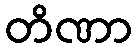
တိဏာ